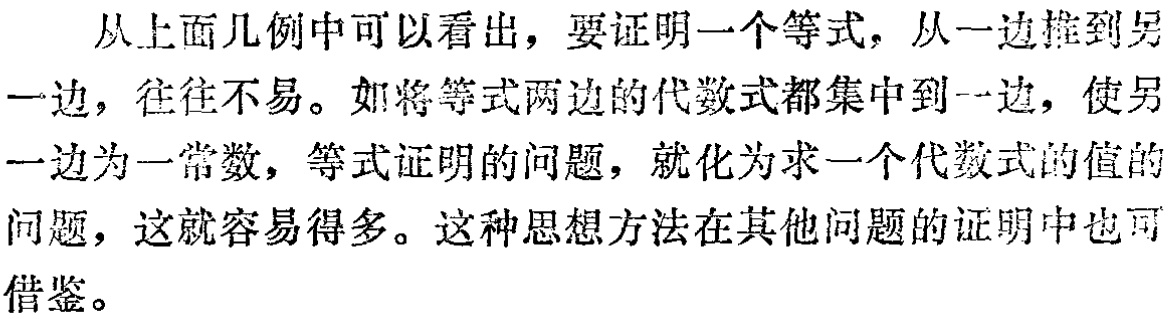
从上面几例中可以看出，要证明一个等式，从一边推到另一边，往往不易。如将等式两边的代数式都集中到一边，使另一边为一常数，等式证明的问题，就化为求一个代数式的值的问题，这就容易得多。这种思想方法在其他问题的证明中也可借鉴。